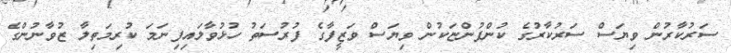
ސަރުކާރުން ވިޔަސް ސަރުކާރުގެ ކުންފުންޏަކުން ވިޔަސް ވަޒީފާގެ ފުރުސަތު ހުޅުވާލައިފިނަމަ ކުރިމަތިލާ ޒުވާނުންގެ